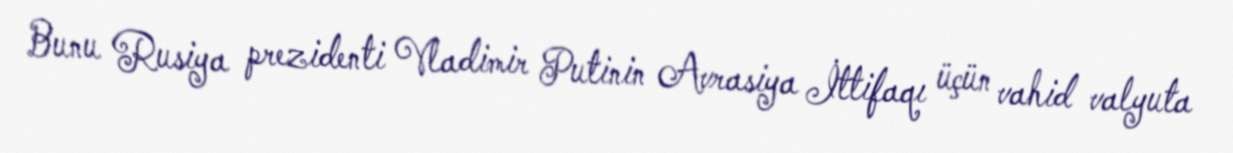
Bunu Rusiya prezidenti Vladimir Putinin Avrasiya İttifaqı üçün vahid valyuta